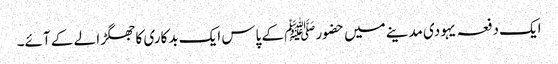
ایک دفعہ یہودی مدینے میں حضورﷺ کے پاس ایک بدکاری کا جھگڑا لے کے آئے۔